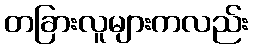
တခြားလူများကလည်း